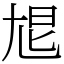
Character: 㞁